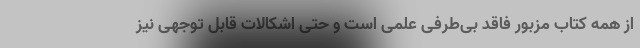
از همه کتاب مزبور فاقد بی‌طرفی علمی است و حتی اشکالات قابل توجهی نیز